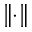
\left\Vert \cdot \right\Vert